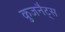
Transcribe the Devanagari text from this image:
कुजनैट्स